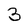
Character: 3